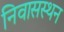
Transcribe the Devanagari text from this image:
निवासस्थन